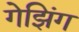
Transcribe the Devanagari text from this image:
गेझिंग